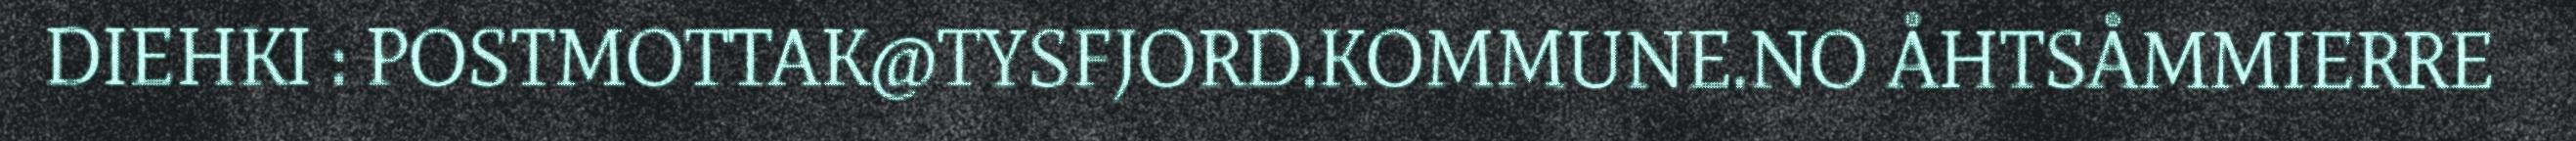
DIEHKI : POSTMOTTAK@TYSFJORD.KOMMUNE.NO ÅHTSÅMMIERRE